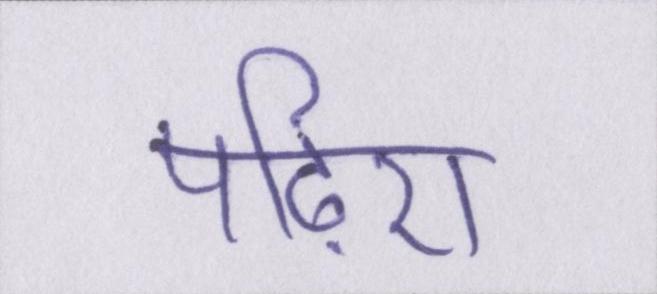
पढ़िए